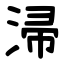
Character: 㴆